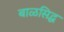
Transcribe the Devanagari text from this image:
बाळसिद्ध